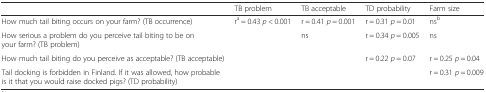
<table><thead><tr><td>[EMPTY_CELL]</td><td><b>TB problem</b></td><td><b>TB acceptable</b></td><td><b>TD probability</b></td><td><b>Farm size</b></td></tr></thead><tbody><tr><td>How much tail biting occurs on your farm? (TB occurrence)</td><td>r<sup>a</sup> = 0.43 <i>p</i> &lt; 0.001</td><td>r = 0.41 <i>p</i> = 0.001</td><td>r = 0.31 <i>p</i> = 0.01</td><td>ns<sup>b</sup></td></tr><tr><td>How serious a problem do you perceive tail biting to be on your farm? (TB problem)</td><td>[EMPTY_CELL]</td><td>ns</td><td>r = 0.34 <i>p</i> = 0.005</td><td>ns</td></tr><tr><td>How much tail biting do you perceive as acceptable? (TB acceptable)</td><td>[EMPTY_CELL]</td><td>[EMPTY_CELL]</td><td>r = 0.22 <i>p</i> = 0.07</td><td>r = 0.25 <i>p</i> = 0.04</td></tr><tr><td>Tail docking is forbidden in Finland. If it was allowed, how probable is it that you would raise docked pigs? (TD probability)</td><td>[EMPTY_CELL]</td><td>[EMPTY_CELL]</td><td>[EMPTY_CELL]</td><td>r = 0.31 <i>p</i> = 0.009</td></tr></tbody></table>